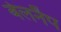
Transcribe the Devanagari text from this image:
बेलनैप